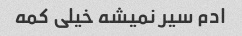
ادم سیر نمیشه خیلی کمه